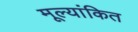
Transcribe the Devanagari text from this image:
मूल्‍यांकित